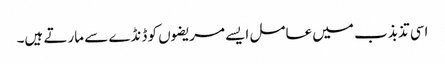
اسی تذبذب میں عامل ایسے مریضوں کو ڈنڈے سے مارتے ہیں۔